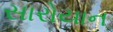
સારોયાન